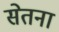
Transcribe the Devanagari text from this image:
सेतना